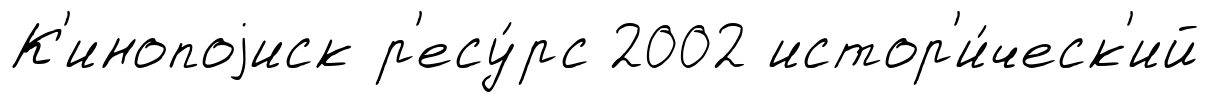
К'инопоjиск р'есу́рс 2002 истор'и́ческ'ий